Vaccination in Bombay 1913-1923 - 1913-1923
Year: 1913
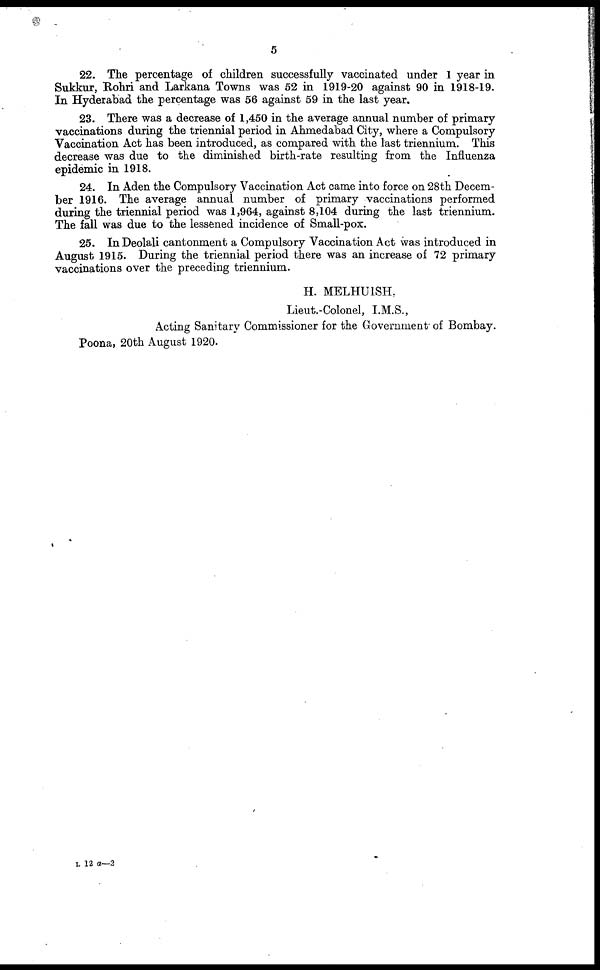
5
22. The percentage of children successfully vaccinated under 1 year in
Sukkur, Rohri and Larkana Towns was 52 in 1919-20 against 90 in 1918-19.
In Hyderabad the percentage was 56 against 59 in the last year.
23. There was a decrease of 1,450 in the average annual number of primary
vaccinations during the triennial period in Ahmedabad City, where a Compulsory
Vaccination Act has been introduced, as compared with the last triennium. This
decrease was due to the diminished birth-rate resulting from the Influenza
epidemic in 1918.
24. In Aden the Compulsory Vaccination Act came into force on 28th Decem-
ber 1916. The average annual number of primary vaccinations performed
during the triennial period was 1,964, against 8,104 during the last triennium.
The fall was due to the lessened incidence of Small-pox.
25. In Deolali cantonment a Compulsory Vaccination Act was introduced in
August 1915. During the triennial period there was an increase of 72 primary
vaccinations over the preceding triennium.
H. MELHUISH,
Lieut.-Colonel, I.M.S.,
Acting Sanitary Commissioner for the Government of Bombay.
Poona, 20th August 1920.
L 12 a—2